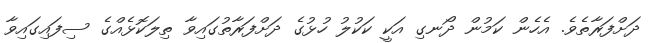
ދަށްފަރާތެވެ. އެހެން ކަމުން ދޯނގި އަކީ ކަކުލު ހުޅުގެ ދަށްފަރާތުގައިވާ ތިލަކޮޅެއްގެ ސިފައިގައިވާ